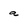
Character: a